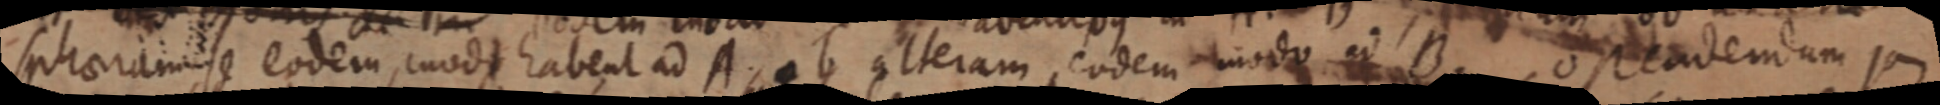
sphaeram se eodem modo habent ad A, ab alteram eodem modo ad B. ostendendum ja